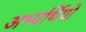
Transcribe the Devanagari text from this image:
अभ्यर्थियोँ